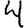
Digit: 4